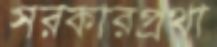
সরকারপ্রথা